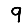
Digit: 9